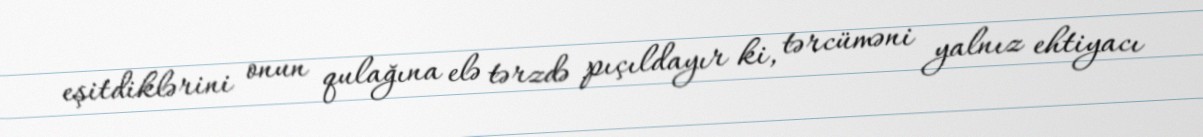
eşitdiklərini onun qulağına elə tərzdə pıçıldayır ki, tərcüməni yalnız ehtiyacı